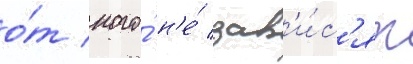
о́т кого́ н'е́ зав'и́с'ят